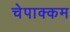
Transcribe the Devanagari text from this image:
चेपाक्कम